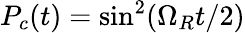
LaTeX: P_{c}(t)=\sin^{2}(\Omega_{R}t/2)